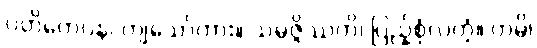
ပတိတေပန၊ ကျသော်ကား။ သမ္ပဇ္ဇိဿတိ၊ ပြည့်စုံလတံ့။ တမ္ပိ၊